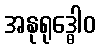
အနုရုဒ္ဓေါဝ